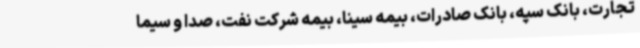
تجارت، بانک سپه، بانک صادرات، بیمه سینا، بیمه شرکت نفت، صدا و سیما